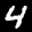
Label: 4